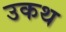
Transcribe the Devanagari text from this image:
उकथ